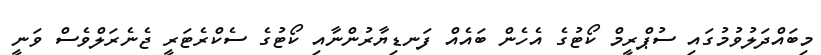
މިބައްދަލުވުމުގައި ސުޕްރީމް ކޯޓުގެ އެހެން ބައެއް ފަނޑިޔާރުންނާއި ކޯޓުގެ ސެކްރެޓަރީ ޖެނެރަލްވެސް ވަނީ